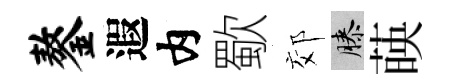
鏊遐内歜郊膝𦴤